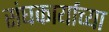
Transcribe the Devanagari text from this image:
संघकार्याच्या